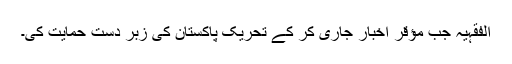
الفقہیہ جب مؤقر اخبار جاری کر کے تحریک پاکستان کی زبر دست حمایت کی۔